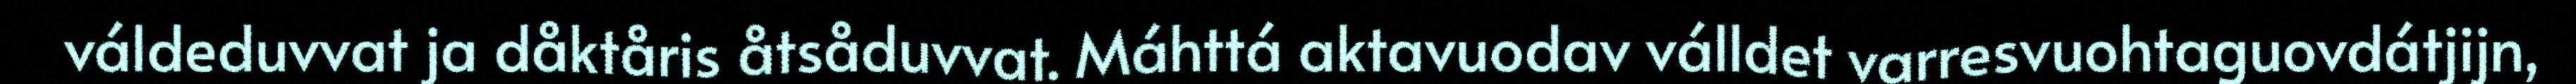
váldeduvvat ja dåktåris åtsåduvvat. Máhttá aktavuodav válldet varresvuohtaguovdátjijn,